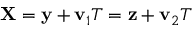
{ \bf X } = { \bf y } + { \bf v } _ { 1 } T = { \bf z } + { \bf v } _ { 2 } T